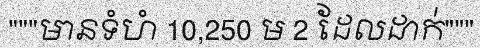
"""មានទំហំ 10,250 ម 2 ដែលដាក់"""